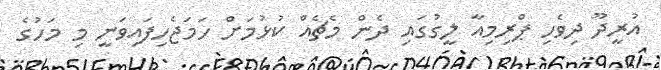
އުރީދޫ ދިވެހި ޕްރިމިއާ ލީގުގައި ދެން މެޗެއް ކުޅުމަށް ހަމަޖެހިފައިވަނީ މި މަހުގެ